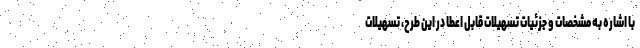
با اشاره به مشخصات و جزئیات تسهیلات قابل اعطا در این طرح، تسهیلات